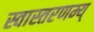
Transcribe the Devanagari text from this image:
स्वास्तरणम्य्